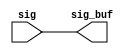
module sctag_pcx_rptr_2 (/*AUTOARG*/
   // Outputs
   sig_buf, 
   // Inputs
   sig
   );


// this repeater has 164 bits

output  [163:0] sig_buf;
input   [163:0] sig;


assign  sig_buf  = sig;



//output                   pcx_sctag_data_rdy_px1_buf;
//output [`PCX_WIDTH-1:0]  pcx_sctag_data_px2_buf;   // pcx to sctag packet
//output                   pcx_sctag_atm_px1_buf; // indicates that the current packet is atm with the next
//output			sctag_pcx_stall_pq_buf;

//input                   pcx_sctag_data_rdy_px1;
//input [`PCX_WIDTH-1:0]  pcx_sctag_data_px2;   // pcx to sctag packet
//input                   pcx_sctag_atm_px1; // indicates that the current packet is atm with the next
//input			sctag_pcx_stall_pq;


//assign	pcx_sctag_data_rdy_px1_buf = pcx_sctag_data_rdy_px1; 
//assign	pcx_sctag_data_px2_buf = pcx_sctag_data_px2;
//assign	pcx_sctag_atm_px1_buf = pcx_sctag_atm_px1;
//assign	sctag_pcx_stall_pq_buf = sctag_pcx_stall_pq;

endmodule